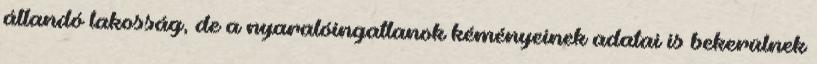
állandó lakosság, de a nyaralóingatlanok kéményeinek adatai is bekerülnek